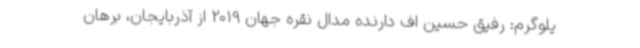
یلوگرم: رفیق حسین اف دارنده مدال نقره جهان 2019 از آذربایجان، برهان